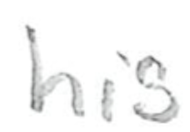
Text: his
Cross-out: clean
Writing tool: pencil